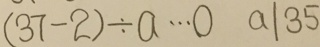
( 3 7 - 2 ) \div a \cdots 0 a \vert 3 5